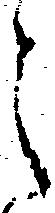
之